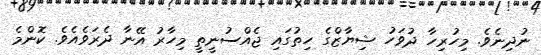
ނުދިނެވެ. މިހުރިހާ ދުވަހު ޝިޔާޒްގެ ހިތުގައި ޖެއްސުނީތީ މިހާރު އޭނާ ދެރަވެއެވެ. ކޮންމެ